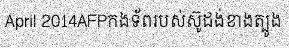
April 2014AFPកងទ័ពរបស់ស៊ូដង់ខាងត្បូង